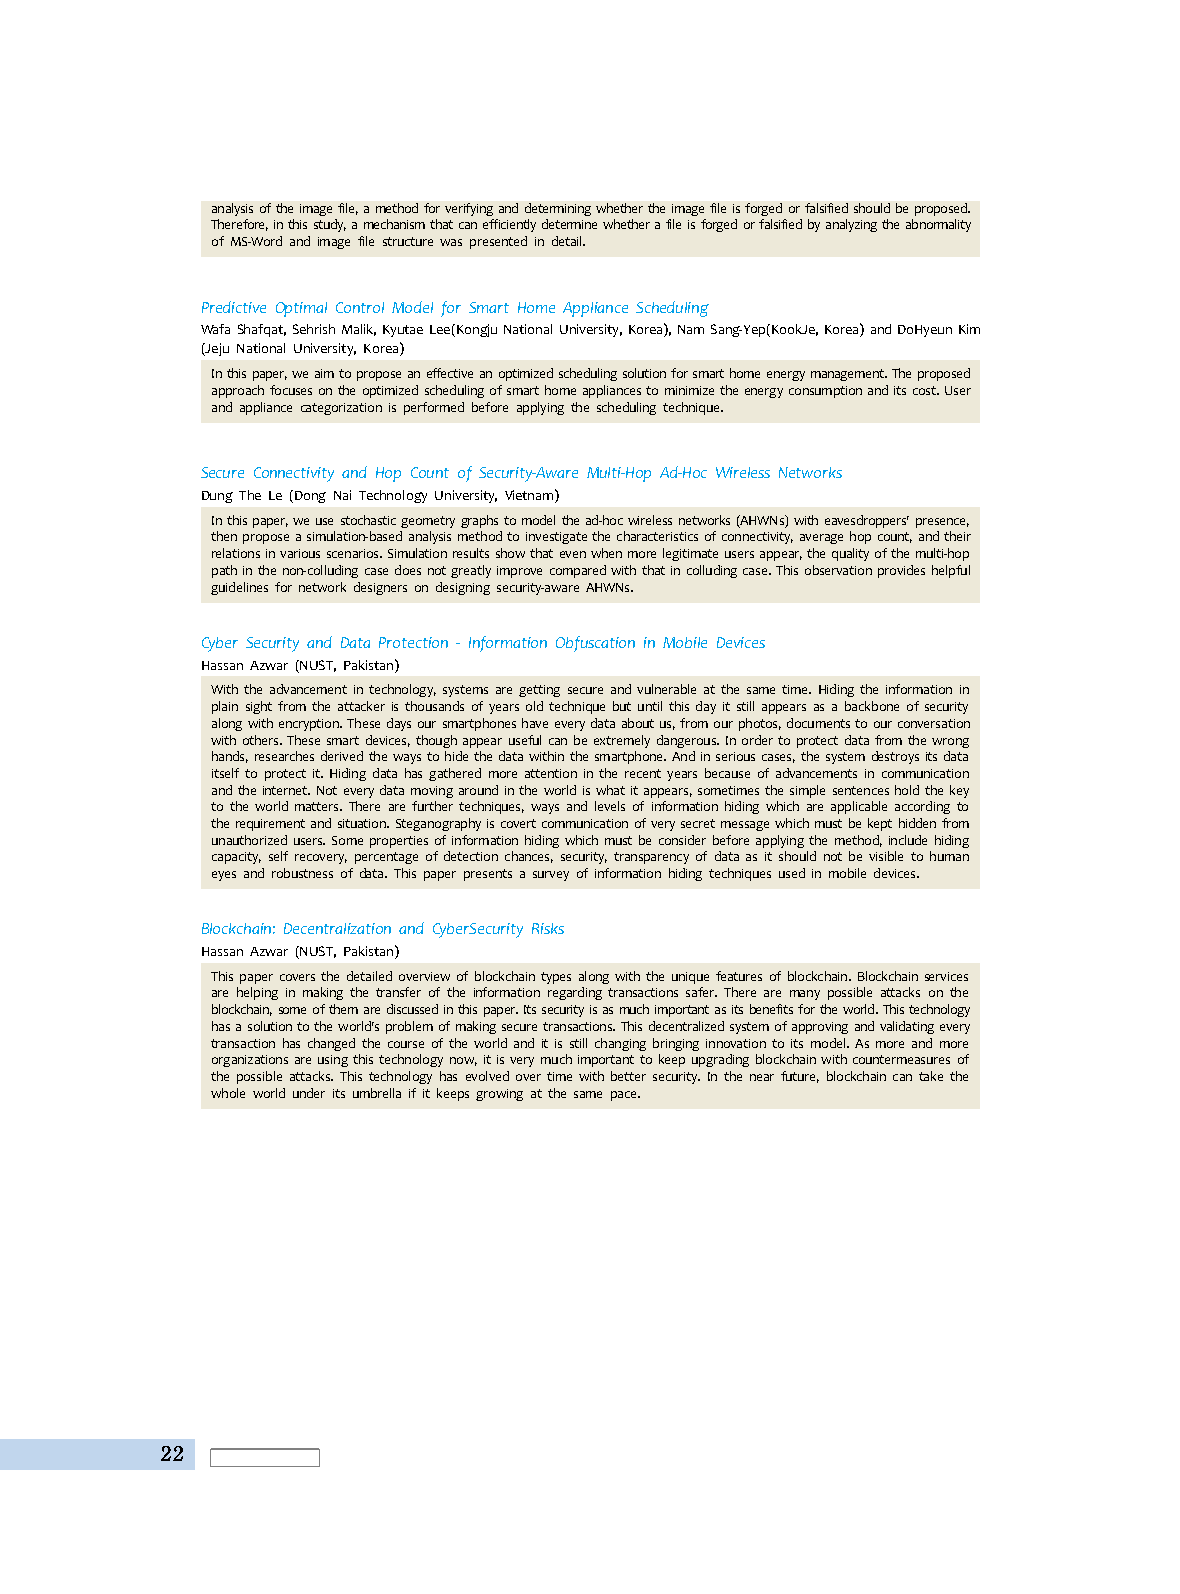
analysis of the image file, a method for verifying and determining whether the image file is forged or falsified should be proposed.
 Therefore, in this study, a mechanism that can efficiently determine whether a file is forged or falsified by analyzing the abnormality
 of MS-Word and image file structure was presented in detail.
 Predictive Optimal Control Model for Smart Home Appliance Scheduling
 Wafa Shafqat, Sehrish Malik, Kyutae Lee(Kongju National University, Korea), Nam Sang-Yep(KookJe, Korea) and DoHyeun Kim
 (Jeju National University, Korea)
 In this paper, we aim to propose an effective an optimized scheduling solution for smart home energy management. The proposed
 approach focuses on the optimized scheduling of smart home appliances to minimize the energy consumption and its cost. User
 and appliance categorization is performed before applying the scheduling technique.
 Secure Connectivity and Hop Count of Security-Aware Multi-Hop Ad-Hoc Wireless Networks
 Dung The Le (Dong Nai Technology University, Vietnam)
 In this paper, we use stochastic geometry graphs to model the ad-hoc wireless networks (AHWNs) with eavesdroppers' presence,
 then propose a simulation-based analysis method to investigate the characteristics of connectivity, average hop count, and their
 relations in various scenarios. Simulation results show that even when more legitimate users appear, the quality of the multi-hop
 path in the non-colluding case does not greatly improve compared with that in colluding case. This observation provides helpful
 guidelines for network designers on designing security-aware AHWNs.
 Cyber Security and Data Protection - Information Obfuscation in Mobile Devices
 Hassan Azwar (NUST, Pakistan)
 With the advancement in technology, systems are getting secure and vulnerable at the same time. Hiding the information in
 plain sight from the attacker is thousands of years old technique but until this day it still appears as a backbone of security
 along with encryption. These days our smartphones have every data about us, from our photos, documents to our conversation
 with others. These smart devices, though appear useful can be extremely dangerous. In order to protect data from the wrong
 hands, researches derived the ways to hide the data within the smartphone. And in serious cases, the system destroys its data
 itself to protect it. Hiding data has gathered more attention in the recent years because of advancements in communication
 and the internet. Not every data moving around in the world is what it appears, sometimes the simple sentences hold the key
 to the world matters. There are further techniques, ways and levels of information hiding which are applicable according to
 the requirement and situation. Steganography is covert communication of very secret message which must be kept hidden from
 unauthorized users. Some properties of information hiding which must be consider before applying the method, include hiding
 capacity, self recovery, percentage of detection chances, security, transparency of data as it should not be visible to human
 eyes and robustness of data. This paper presents a survey of information hiding techniques used in mobile devices.
 Blockchain: Decentralization and CyberSecurity Risks
 Hassan Azwar (NUST, Pakistan)
 This paper covers the detailed overview of blockchain types along with the unique features of blockchain. Blockchain services
 are helping in making the transfer of the information regarding transactions safer. There are many possible attacks on the
 blockchain, some of them are discussed in this paper. Its security is as much important as its benefits for the world. This technology
 has a solution to the world's problem of making secure transactions. This decentralized system of approving and validating every
 transaction has changed the course of the world and it is still changing bringing innovation to its model. As more and more
 organizations are using this technology now, it is very much important to keep upgrading blockchain with countermeasures of
 the possible attacks. This technology has evolved over time with better security. In the near future, blockchain can take the
 whole world under its umbrella if it keeps growing at the same pace.
 22